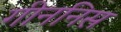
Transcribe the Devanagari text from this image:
गीननिस